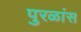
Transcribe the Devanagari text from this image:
पुरळांस